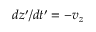
d z ^ { \prime } / d t ^ { \prime } = - v _ { z }